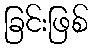
ခြင်းဖြစ်